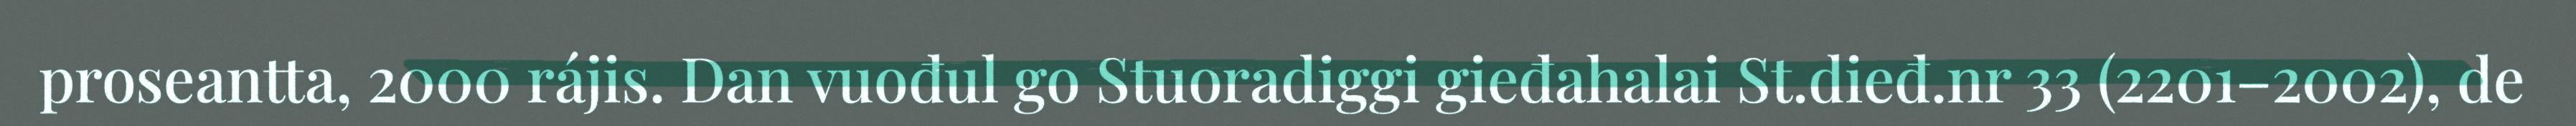
proseantta, 2000 rájis. Dan vuođul go Stuoradiggi gieđahalai St.dieđ.nr 33 (2201–2002), de